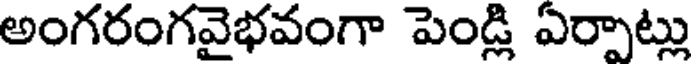
అంగరంగవైభవంగా పెండ్లి ఏర్పాట్లు